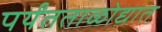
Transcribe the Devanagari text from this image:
पर्यंतताळोद्यात